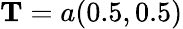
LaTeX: \mathbf{T}=a(0.5,0.5)